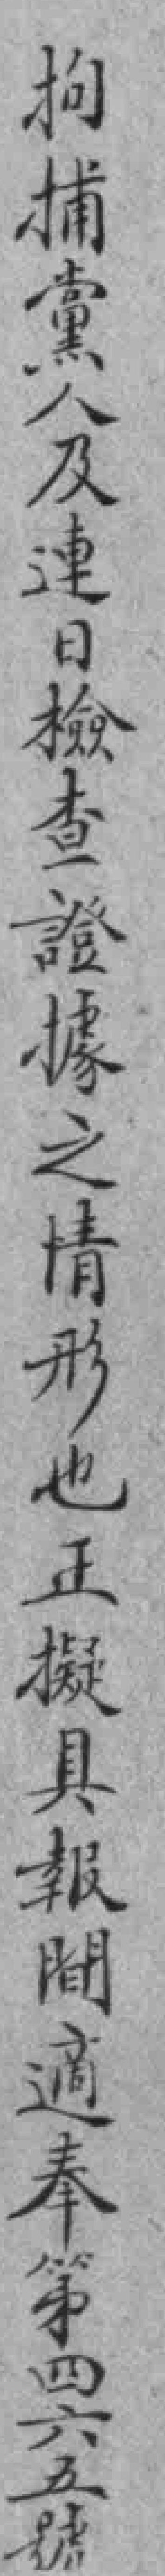
拘捕黨人及連日檢查證據之情形也正擬具報間適奉第四六五號